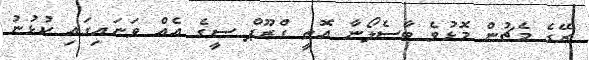
ރޭގެ މެޗުން މޮޅުވެ ބާސެލޯނާ އޮތީ ގްރޫޕް ސީގެ އެއް ވަނައިގައި ކުޅުނު